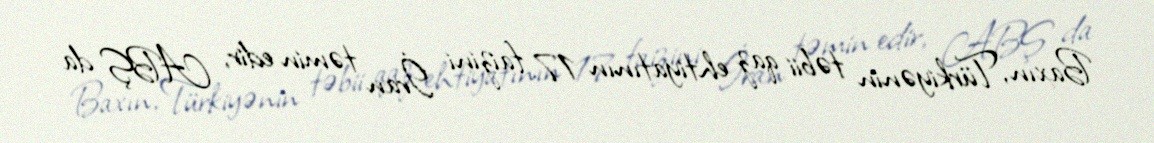
Baxın, Türkiyənin təbii qaz ehtiyatının 17 faizini İran təmin edir, ABŞ da